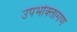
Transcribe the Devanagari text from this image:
उपभोक्‍तागण